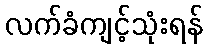
လက်ခံကျင့်သုံးရန်